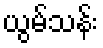
ယွမ်သန်း